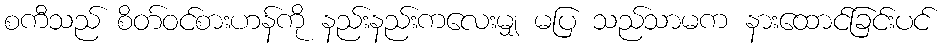
စကီသည် စိတ်ဝင်စားဟန်ကို နည်းနည်းကလေးမျှ မပြ သည်သာမက နားထောင်ခြင်းပင်